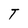
Character: T